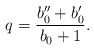
\begin{align*}q=\frac{b_{0}^{\prime\prime}+b_{0}^{\prime}}{b_{0}+1}. \end{align*}